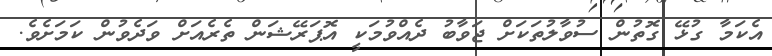
އެކަމާ ގުޅޭ ގޮތުން ސުވާލުތަކަށް ޖަވާބު ދެއްވުމަކީ އޮޕަރޭޝަން ތެރެއަށް ވަދެވުން ކަމަށެވެ.